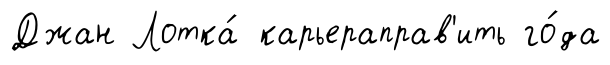
Джан Лотка́ карьераправ'ить го́да